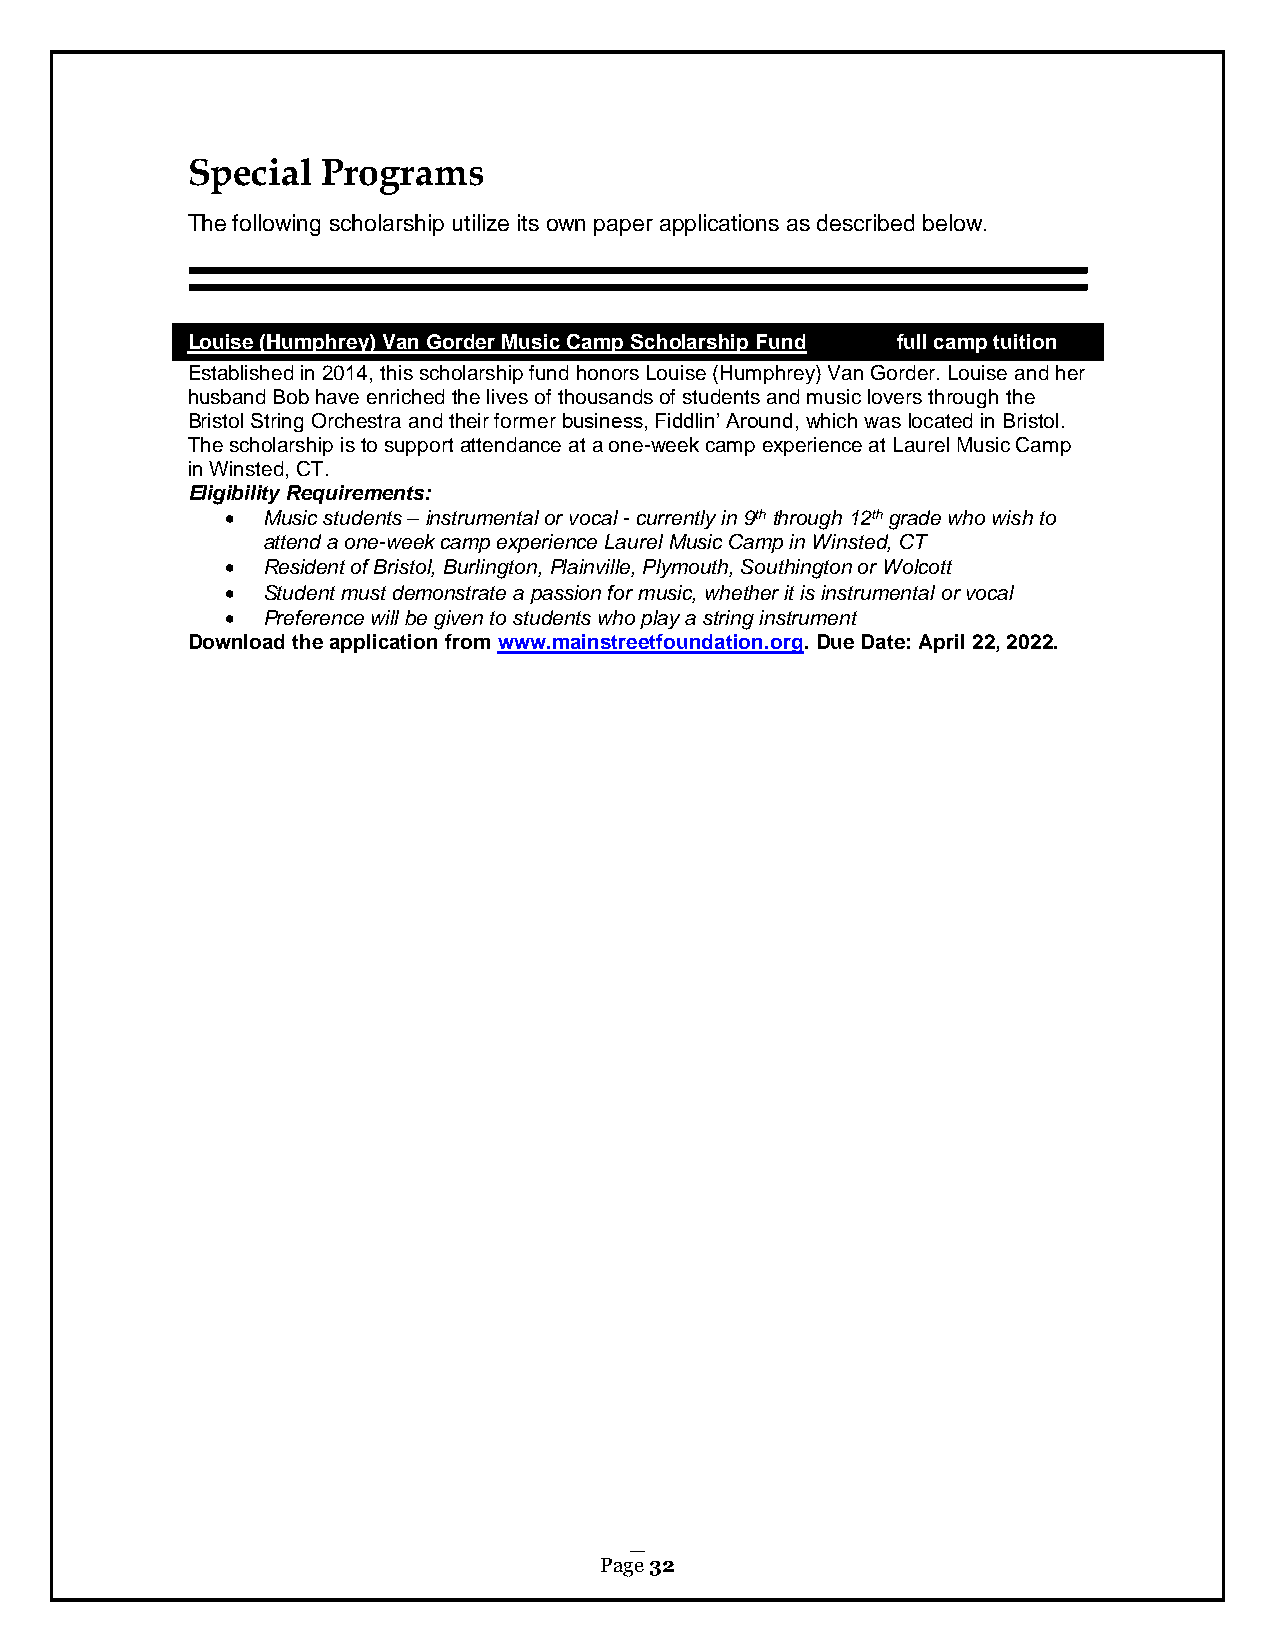
Special  Programs
 The following scholarship utilize its own paper applications as described below.
 Louise (Humphrey) Van Gorder Music Camp Scholarship Fund full camp tuition
 Established in 2014, this scholarship fund honors Louise (Humphrey) Van Gorder. Louise and her
 husband Bob have enriched the lives of thousands of students and music lovers through the
 Bristol String Orchestra and their former business, Fiddlin’ Around, which was located in Bristol.
 The scholarship is to support attendance at a one-week camp experience at Laurel Music Camp
 in Winsted, CT.
 Eligibility Requirements:
  Music students – instrumental or vocal - currently in 9th through 12th grade who wish to
 attend a one-week camp experience Laurel Music Camp in Winsted, CT
  Resident of Bristol, Burlington, Plainville, Plymouth, Southington or Wolcott
  Student must demonstrate a passion for music, whether it is instrumental or vocal
  Preference will be given to students who play a string instrument
 Download the application from www.mainstreetfoundation.org. Due Date: April 22, 2022.
 Page 32